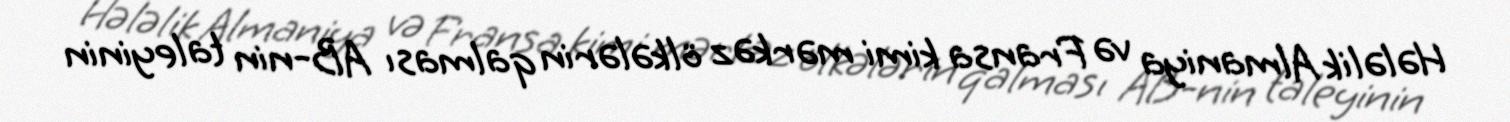
Hələlik Almaniya və Fransa kimi mərkəz ölkələrin qalması AB-nin taleyinin